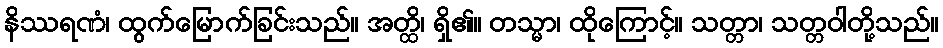
နိဿရဏံ၊ ထွက်မြောက်ခြင်းသည်။ အတ္ထိ၊ ရှိ၏။ တသ္မာ၊ ထိုကြောင့်။ သတ္တာ၊ သတ္တဝါတို့သည်။